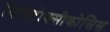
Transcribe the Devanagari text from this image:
थिरोटोक्सीकोसिस